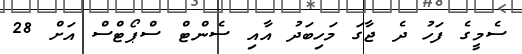
ސެމީގެ ފަހު ދެ ޖާގަ މަހިބަދު އާއި ސެންޓް ސްޕޯޓްސް އަށް 28